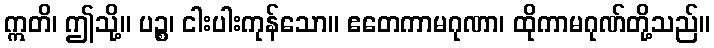
ဣတိ၊ ဤသို့။ ပဉ္စ၊ ငါးပါးကုန်သော။ ဧတေကာမဂုဏာ၊ ထိုကာမဂုဏ်တို့သည်။